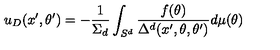
u _ { D } ( x ^ { \prime } , \theta ^ { \prime } ) = - { \frac { 1 } { \Sigma _ { d } } } \int _ { S ^ { d } } { \frac { f ( \theta ) } { \Delta ^ { d } ( x ^ { \prime } , \theta , \theta ^ { \prime } ) } } d \mu ( \theta )